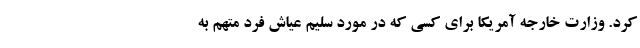
کرد. وزارت خارجه آمریکا برای کسی که در مورد سلیم عیاش فرد متهم به